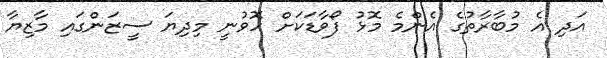
އަދި އެ މުބާރާތުގެ އެންމެ މޮޅު ފޯވާޑަކަށް ހޮވުނީ މިދިޔަ ސީޒަންގައި މާޒިޔާ